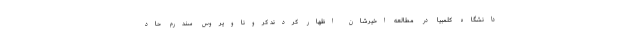
دانشگاه کلمبیا در مطالعه اخیرشان اظهار کردند کروناویروس سندرم حاد